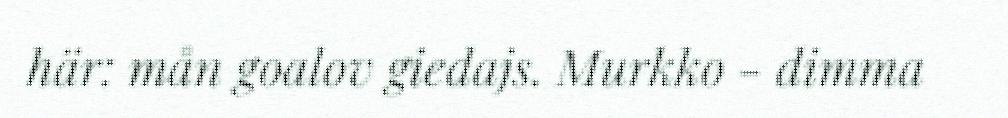
här: mån goalov giedajs. Murkko - dimma